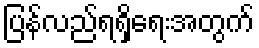
ပြန်လည်ရရှိရေးအတွက်